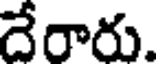
దేరారు.